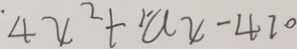
\cdot 4 x ^ { 2 } + a x - 4 7 0